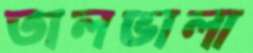
তালভালা